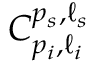
C _ { p _ { i } , \ell _ { i } } ^ { p _ { s } , \ell _ { s } }